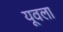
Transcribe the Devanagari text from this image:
यूवला